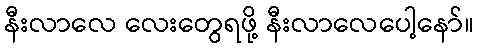
နီးလာလေ လေးတွေရဖို့ နီးလာလေပေါ့နော်။